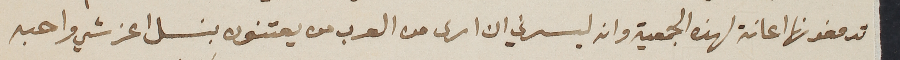
تدفعونها اعانة لهذه الجمعية وانه يسرني ان ارى من العرب من يعتنون بنسل اعز شي واحبه